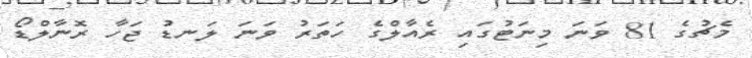
މެޗުގެ 81 ވަނަ މިނަޓުގައި ރެއާލްގެ ހަތަރު ވަނަ ލަނޑު ޖަހާ ރޮނާލްޑޯ